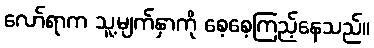
လော်ရာက သူ့မျက်နှာကို စေ့စေ့ကြည့်နေသည်။